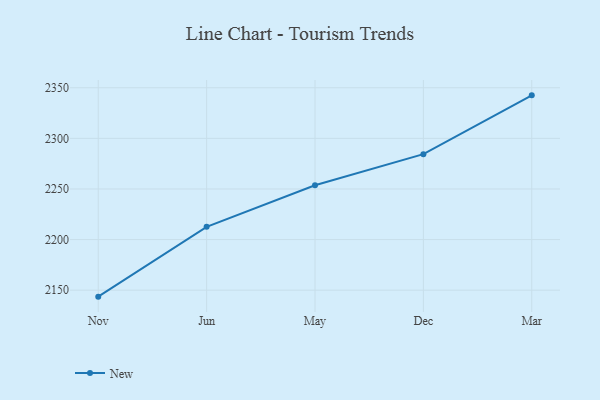
{"axis": {"x": "Month", "y": "Website Visitors"}, "legend": ["New"], "data": [{"x": "Nov", "y": 2143.6, "type": "New"}, {"x": "Jun", "y": 2212.6, "type": "New"}, {"x": "May", "y": 2253.7, "type": "New"}, {"x": "Dec", "y": 2284.4, "type": "New"}, {"x": "Mar", "y": 2342.5, "type": "New"}]}